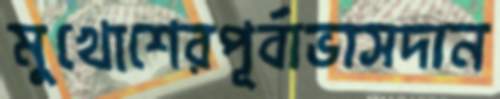
মুখোশেরপূর্বাভাসদান